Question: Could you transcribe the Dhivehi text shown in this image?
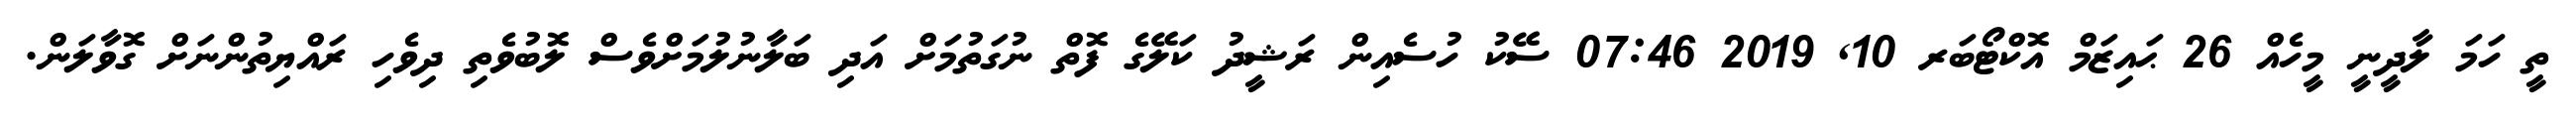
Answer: ތީ ހަމަ ލާދީނީ މީހެއް 26 ޙައިޒަމް އޮކްޓޯބަރ 10, 2019 07:46 ސޭކު ހުސެއިން ރަޝީދު ކަލޭގެ ފޮތް ނުގަތުމަށް އަދި ބަލާނުލުމަށްވެސް ލޮބުވެތި ދިވެހި ރައްޔިތުންނަށް ގޮވާލަން.